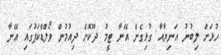
ހުޅަށް ލިބުނު އަނިޔާއާ ގުޅިގެން އޭނާ ޓީމު ދޫކޮށް ދިއުމުން ވޯލްޑްކަޕުގައި އޭނާ